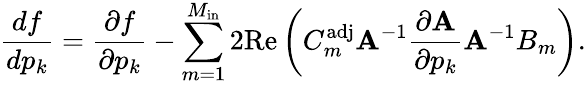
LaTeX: \frac{df}{dp_{k}}=\frac{\partial f}{\partial p_{k}}-\sum_{m=1}^{M_{\mathrm{in}}}2\mathrm{Re}\left(C_{m}^{\mathrm{adj}}\mathbf{A}^{-1}\frac{\partial\mathbf{A}}{\partial p_{k}}\mathbf{A}^{-1}B_{m}\right).